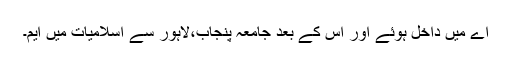
اے میں داخل ہوئے اور اس کے بعد جامعہ پنجاب،لاہور سے اسلامیات میں ایم۔